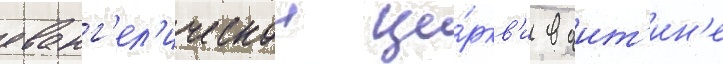
еванг'ел'ическои це́ркв'и в оит'ин'е